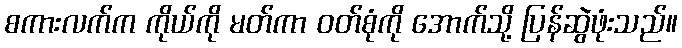
စကားလက်က ကိုယ်ကို မတ်ကာ ဝတ်စုံကို အောက်သို့ ပြန်ဆွဲဖုံးသည်။